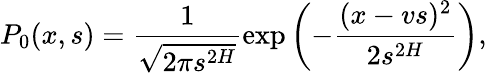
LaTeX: P_{0}(x,s)=\frac{1}{\sqrt{2\pi s^{2H}}}\exp\left(-\frac{(x-vs)^{2}}{2s^{2H}}\right),